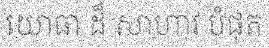
យោធា ដ៏ សាហាវ បំផុត